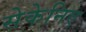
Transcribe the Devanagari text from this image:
सेकेनिए